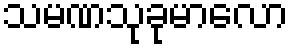
သမဏသုခုမာလော